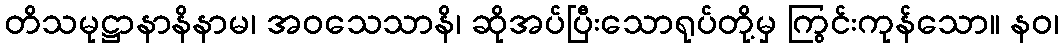
တိသမုဋ္ဌာနာနိနာမ၊ အဝသေသာနိ၊ ဆိုအပ်ပြီးသောရုပ်တို့မှ ကြွင်းကုန်သော။ နဝ၊